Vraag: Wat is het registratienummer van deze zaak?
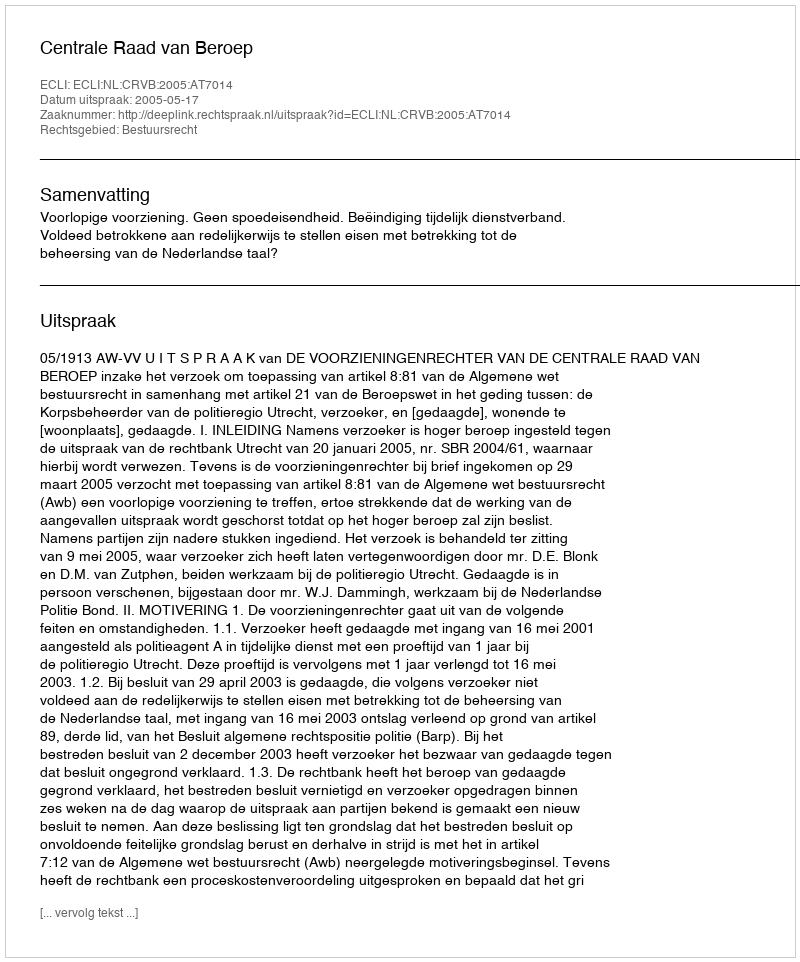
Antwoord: http://deeplink.rechtspraak.nl/uitspraak?id=ECLI:NL:CRVB:2005:AT7014